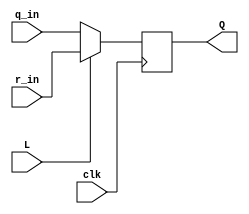
module mux_dff (
	input clk,
	input L,
	input q_in,
	input r_in,
	output reg Q);
    always @(posedge clk)
        Q <= L?r_in:q_in;
endmodule

module top_module (
	input [2:0] SW,      // R
	input [1:0] KEY,     // L and clk
	output [2:0] LEDR);  // Q
	
    mux_dff m1(KEY[0],KEY[1],LEDR[2],SW[0],LEDR[0]);
    mux_dff m2(KEY[0],KEY[1],LEDR[0],SW[1],LEDR[1]);
    mux_dff m3(KEY[0],KEY[1],LEDR[1]^LEDR[2],SW[2],LEDR[2]);
    
endmodule